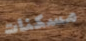
مسكنات